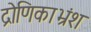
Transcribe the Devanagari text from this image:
द्रोणिकाभ्रंश